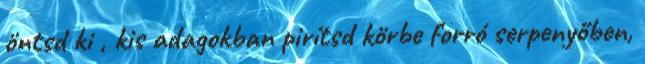
öntsd ki , kis adagokban pirítsd körbe forró serpenyőben,